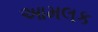
આમલક